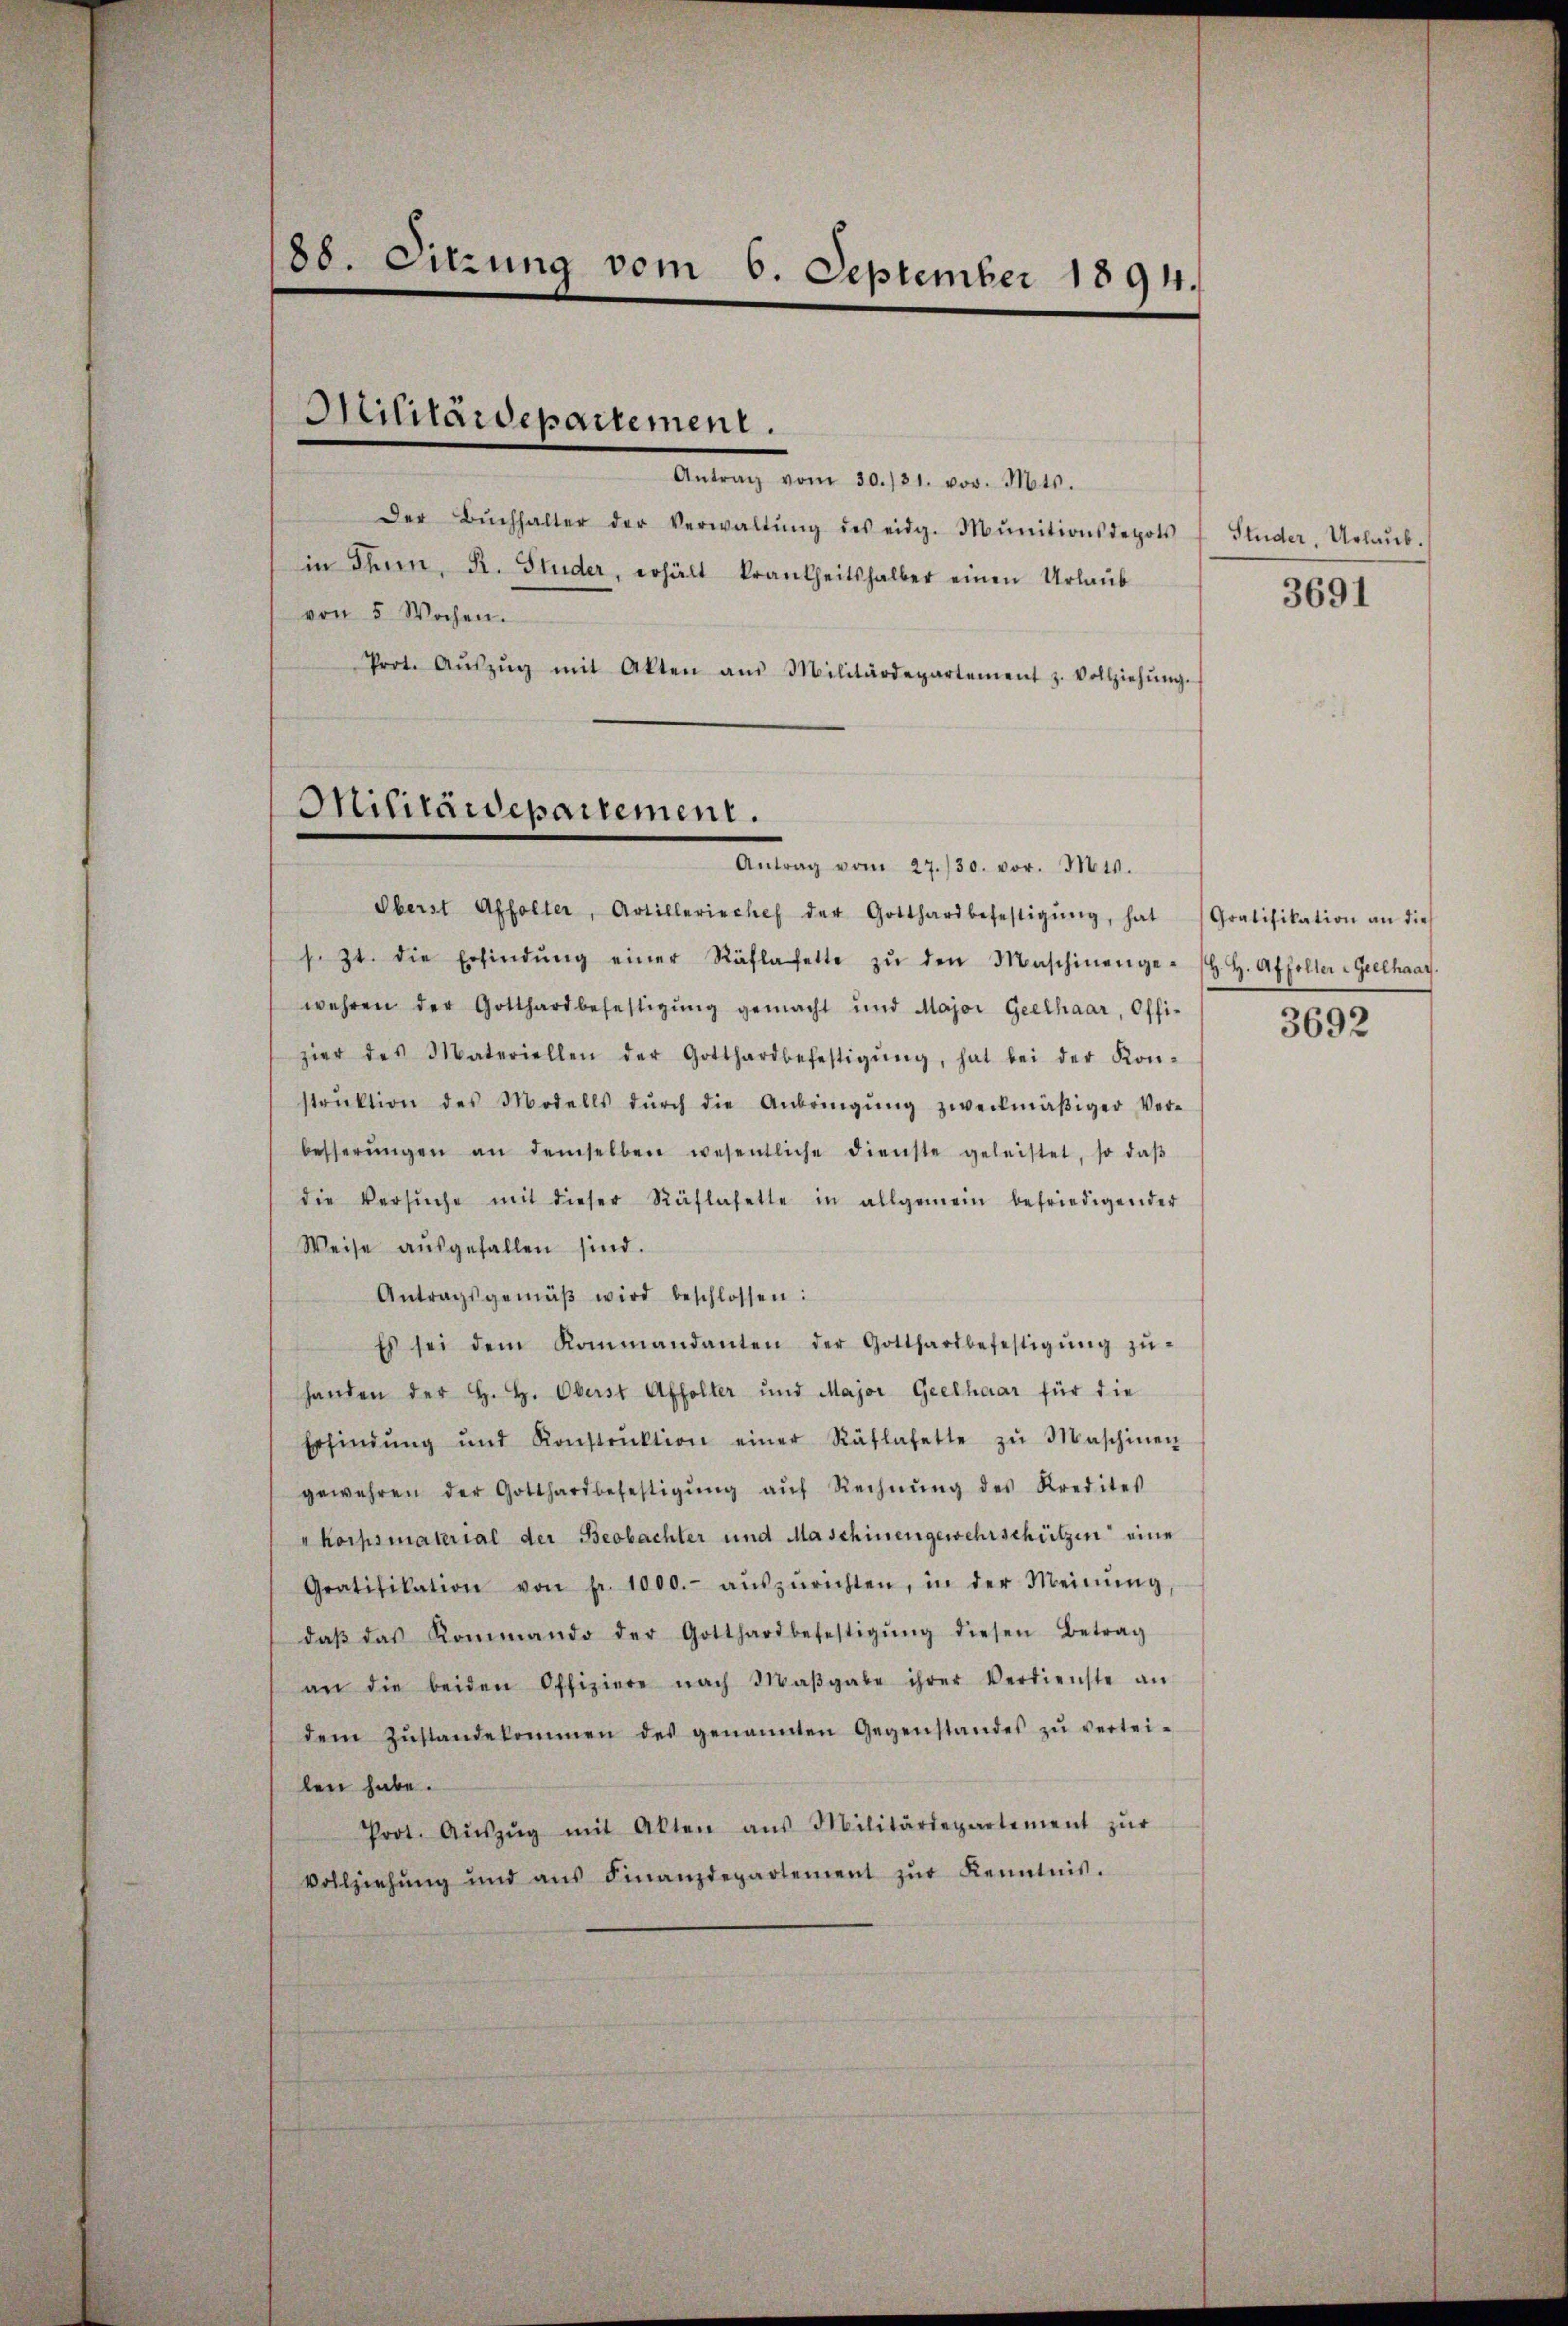
88. Sitzung vom 6. September 1894.

von 5 Wochen.

Antrag vom 30./31. vor. Mts.
Der Bŭchhalter der Verwaltŭng des eidg. Mŭnitionsdepots
in Thun, R. Studer, erhält krankheitshalber einen Urlaub
Prot. Aŭszŭg mit Akten aus Militärdepartement z. Vollziehŭng.
Antrag vom 27./30. vor. Mts.
Oberst Affolter, Artilleriechef der Gotthardbefestigŭng, hat Gratifikation an die
s. Zt. die Erfindŭng einer Rählafette zŭ den Maschinenge- (H. H. Affeller-Grelhaay.
wehren der Gotthardbefestigŭng gemacht und Major Geelhaar, Offi-
zier des Materiellen der Gotthardbefestigŭng, hat bei der Kon-
strŭktion des Modells dŭrch die Anbringŭng zweckmäβiger Ver-
besserŭngen an demselben wesentliche dienste geleistet, so daβ
die Versŭche mit dieser Räflasette in allgemein befriedigender
Weise aŭsgefallen sind.
Antragsgemäβ wird beschlossen:
Es sei dem Kommandanten der Gotthardbefestigŭng zŭ-
handen der H. H. Oberst Affolter und Major Geelhaar für die
Erfindŭng ŭnd Konstrŭktion einer Räflafette zŭ Maschinen
gewehren der Gotthardbefestigŭng aŭf Rechnŭng des Kredites
korpsmaterial der Beobachter und Maschinengewehrschützen eine
Gratifikation von Fr. 1000.- aŭszŭrichten, in der Meinŭng
daβ das Kommando der Gotthardbefestigŭng diesen Betrag
an die beiden Offiziere nach Maβgabe ihrer Verdienste an
dem Zŭstandekommen des genannten Gegenstandes zŭ vertei-
len habe.
Prot. Aŭszŭg mit Akten aus Militärdepartement zŭr
Vollziehung und aŭs Finanzdepartement zŭr Kenntnis.

Militärdepartement.

Militärdepartement.

Studer, Urlaub.
3691

3692